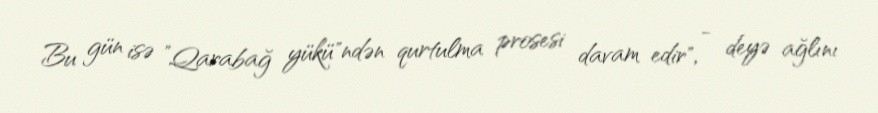
Bu gün isə ”Qarabağ yükü"ndən qurtulma prosesi davam edir", - deyə ağlını